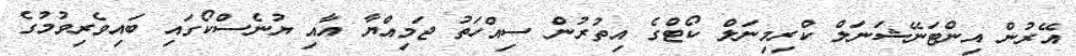
އޭރުން އިންޓަނޭޝަނަލް ކްރިމިނަލް ކޯޓްގެ އިތުރުން ސިއްހަތު ޖަމިއްޔާ އާއި ޔުނެސްކޯގައި ބައިވެރިވުމުގެ